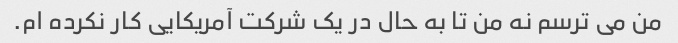
من می ترسم نه من تا به حال در یک شرکت آمریکایی کار نکرده ام.